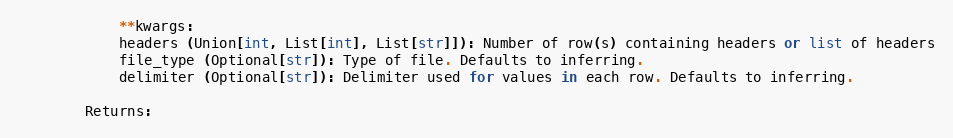
Language: Python
            **kwargs:
            headers (Union[int, List[int], List[str]]): Number of row(s) containing headers or list of headers
            file_type (Optional[str]): Type of file. Defaults to inferring.
            delimiter (Optional[str]): Delimiter used for values in each row. Defaults to inferring.

        Returns: